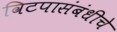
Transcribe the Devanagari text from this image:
विटपासंबंधीचे